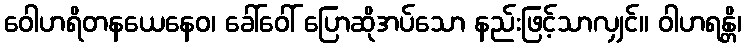
ဝေါဟရိတနယေနေဝ၊ ခေါ်ဝေါ် ပြောဆိုအပ်သော နည်းဖြင့်သာလျှင်။ ဝါဟရန္တိ၊